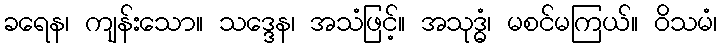
ခရေန၊ ကျန်းသော။ သဒ္ဒေန၊ အသံဖြင့်။ အသုဒ္ဓံ၊ မစင်မကြယ်။ ဝိသမံ၊